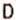
D